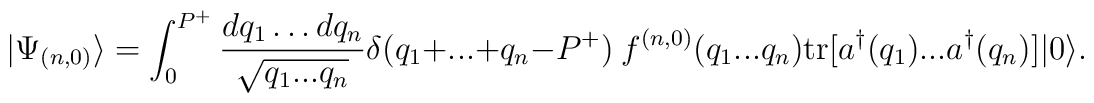
|\Psi_{(n,0)} \rangle =   \int_0^{P^+} {dq_1 \dots dq_n \over    \sqrt{q_1...q_n}}\delta(q_1 + ... + q_n - P^+)\hspace{1mm}f^{(n,0)}(q_1... q_n)  \mbox{tr}[a^\dagger(q_1)... a^\dagger(q_n)]|0\rangle .